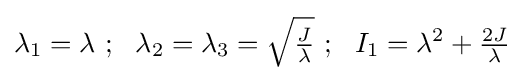
\lambda _{1}=\lambda ~;~~\lambda _{2}=\lambda _{3}={\sqrt {\tfrac {J}{\lambda }}}~;~~I_{1}=\lambda ^{2}+{\tfrac {2J}{\lambda }}